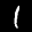
Label: 1